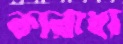
কারাধ্য